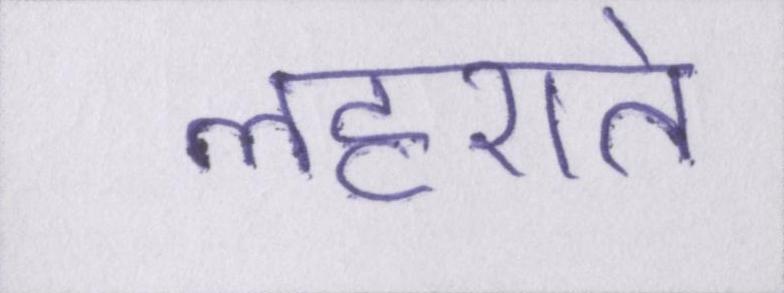
लहराते